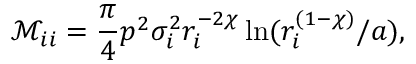
\mathcal M _ { i i } = \frac { \pi } { 4 } p ^ { 2 } \sigma _ { i } ^ { 2 } r _ { i } ^ { - 2 \chi } \ln ( r _ { i } ^ { ( 1 - \chi ) } / a ) ,